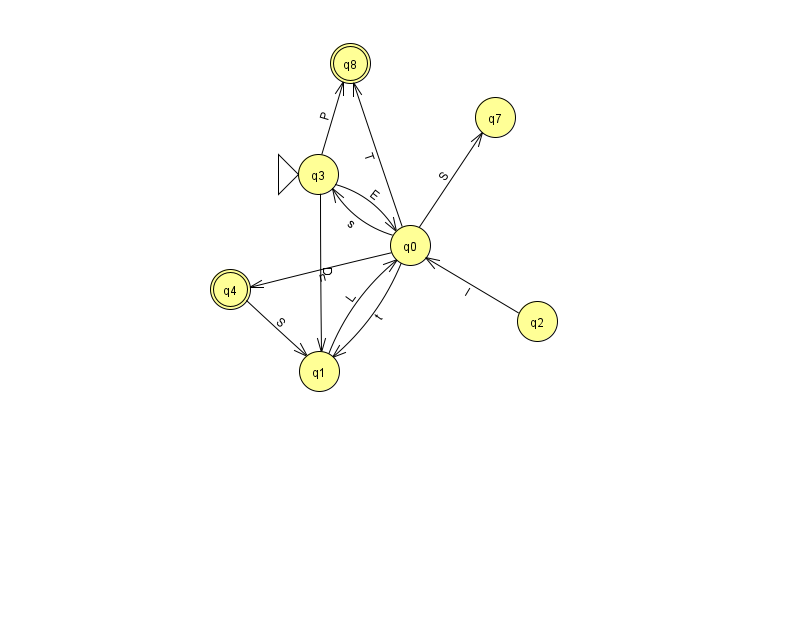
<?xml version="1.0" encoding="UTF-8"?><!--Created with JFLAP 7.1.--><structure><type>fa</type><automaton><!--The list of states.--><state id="0" name="q0"><x>410.0</x><y>232.0</y></state><state id="1" name="q1"><x>319.0</x><y>358.0</y></state><state id="2" name="q2"><x>537.0</x><y>308.0</y></state><state id="3" name="q3"><x>318.0</x><y>161.0</y><initial/></state><state id="4" name="q4"><x>230.0</x><y>276.0</y><final/></state><state id="7" name="q7"><x>495.0</x><y>104.0</y></state><state id="8" name="q8"><x>350.0</x><y>50.0</y><final/></state><!--The list of transitions.--><transition><from>0</from><to>7</to><read>S</read></transition><transition><from>0</from><to>3</to><read>s</read></transition><transition><from>0</from><to>4</to><read>n</read></transition><transition><from>0</from><to>8</to><read>T</read></transition><transition><from>3</from><to>0</to><read>E</read></transition><transition><from>0</from><to>1</to><read>t</read></transition><transition><from>3</from><to>1</to><read>D</read></transition><transition><from>3</from><to>8</to><read>P</read></transition><transition><from>4</from><to>1</to><read>S</read></transition><transition><from>1</from><to>0</to><read>L</read></transition><transition><from>2</from><to>0</to><read>I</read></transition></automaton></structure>